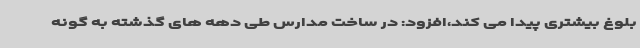
بلوغ بیشتری پیدا می کند،افزود: در ساخت مدارس طی دهه های گذشته به گونه